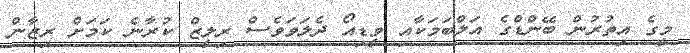
މީގެ އިތުރުން ބޭންޑްގެ އަލްބަމަކާއި ވީޑިއޯ ދެލަވަވެސް ރިލީޒް ކުރާނެ ކަމަށް ރިޒާން